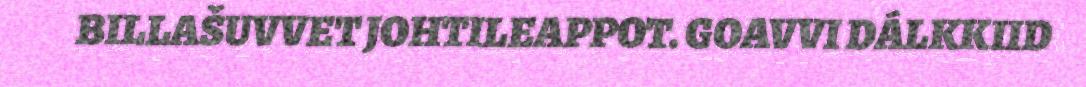
BILLAŠUVVET JOHTILEAPPOT. GOAVVI DÁLKKIID